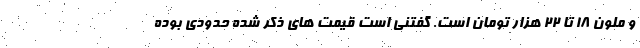
و ملون ۱۸ تا ۲۲ هزار تومان است. گفتنی است قیمت های ذکر شده حدودی بوده